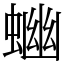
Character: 𧍘